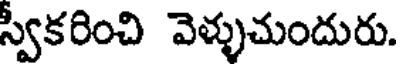
స్వీకరించి వెళ్ళుచుందురు.